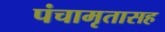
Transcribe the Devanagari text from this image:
पंचामृतासह